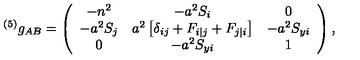
{ } ^ { ( 5 ) } g _ { A B } = \left( \begin{array} { c c c } { - n ^ { 2 } } & { - a ^ { 2 } S _ { i } } & { 0 \nonumber } \\ { - a ^ { 2 } S _ { j } } & { a ^ { 2 } \left[ \delta _ { i j } + F _ { i | j } + F _ { j | i } \right] } & { - a ^ { 2 } S _ { y i } \nonumber } \\ { 0 } & { - a ^ { 2 } S _ { y i } } & { 1 \nonumber } \\ \end{array} \right) ,